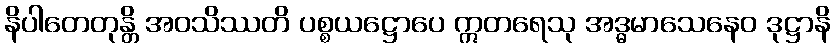
နိပါတေတုန္တိ အဝသိဿတိ ပစ္စယဋ္ဌောပေ ဣတရေသု အဒ္ဓမာသေနေဝ ဒုဋ္ဌာနိ